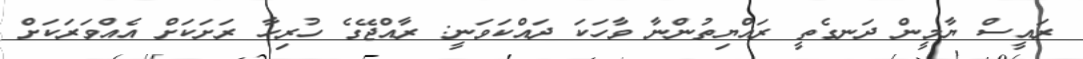
ރައީސް ޔާމީން ދަނގެތީ ރައްޔިތުންނާ ވާހަކަ ދައްކަވަނީ: ރާއްޖޭގެ ހުރިހާ ރަށަކަށް އެއްވަރަކަށް